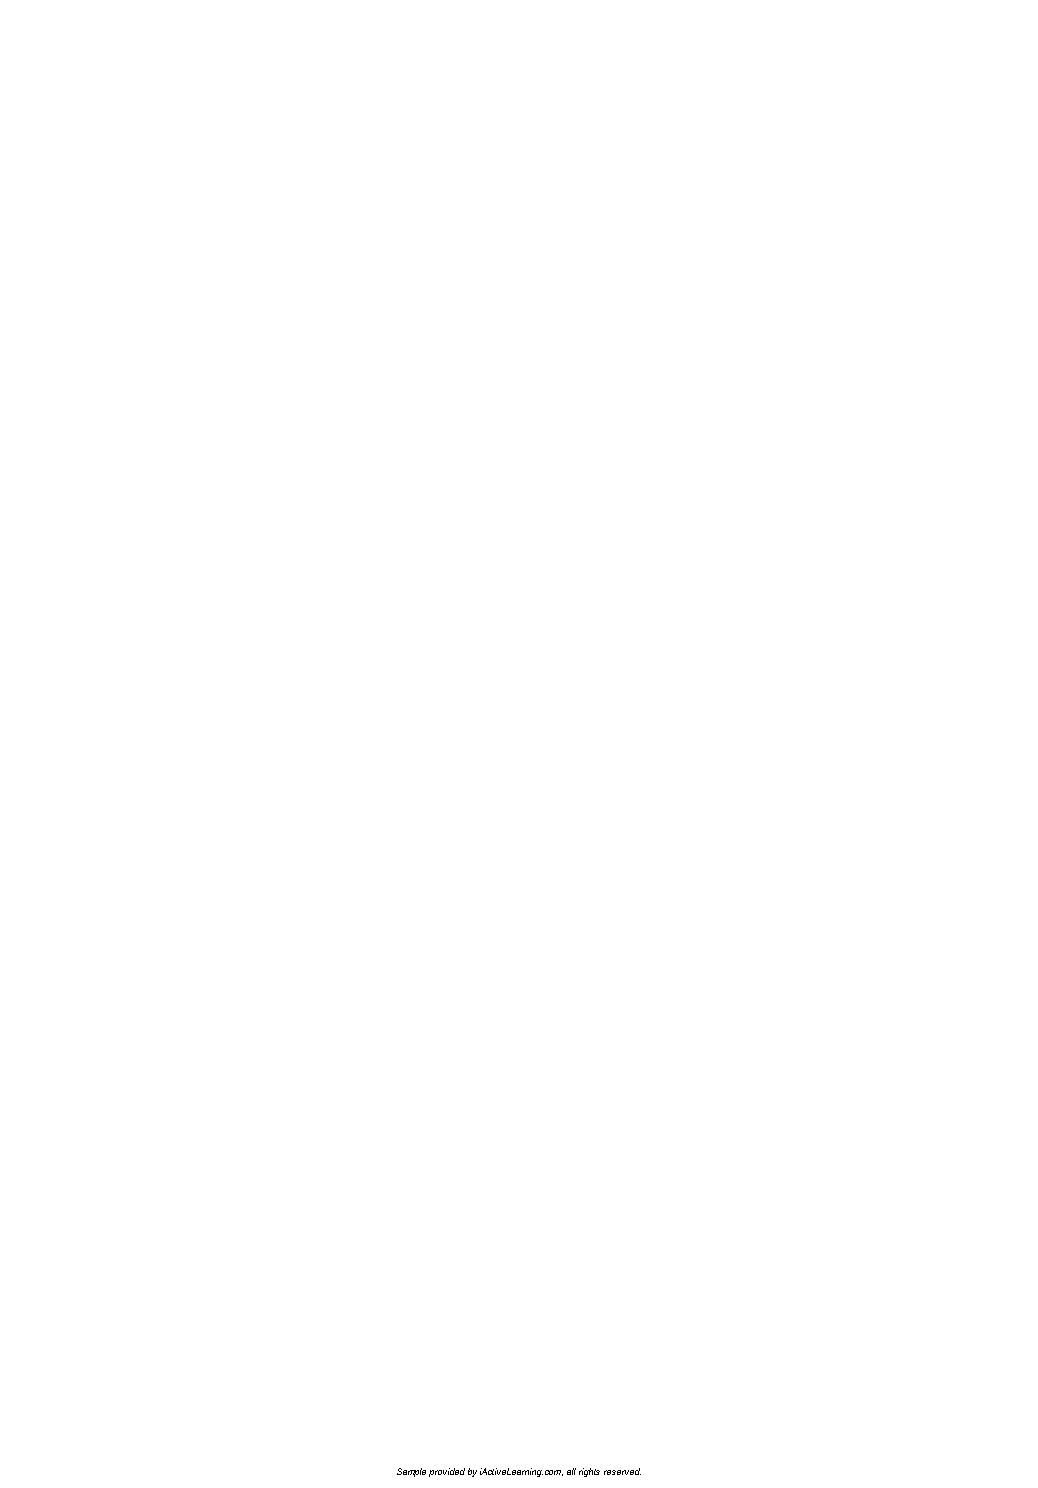
Sample provided by iActiveLearning.com, all rights reserved.
 LTL2_FINALpp.indd 24                                        11/4/09 3:21:09 PM